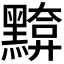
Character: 𪒈